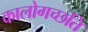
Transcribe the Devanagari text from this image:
कालोगच्छति